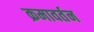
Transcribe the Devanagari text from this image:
क्रमावर्तन